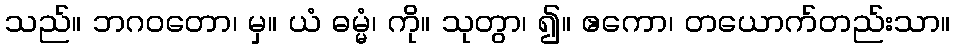
သည်။ ဘဂဝတော၊ မှ။ ယံ ဓမ္မံ၊ ကို။ သုတွာ၊ ၍။ ဧကော၊ တယောက်တည်းသာ။